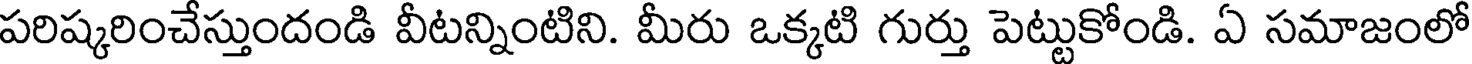
పరిష్కరించేస్తుందండి వీటన్నింటిని. మీరు ఒక్కటి గుర్తు పెట్టుకోండి. ఏ సమాజంలో